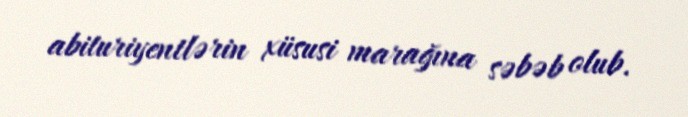
abituriyentlərin xüsusi marağına səbəb olub.